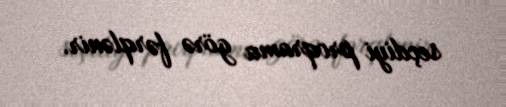
seçdiyi proqrama görə fərqlənir.